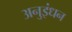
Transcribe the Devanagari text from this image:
अनुइंधन